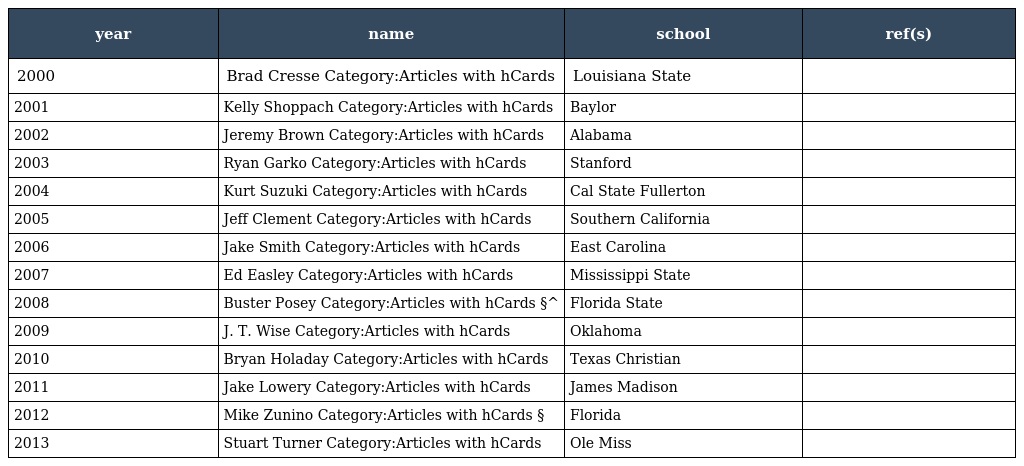
| year | name | school | ref(s) |
 | --- | --- | --- | --- |
 | 2000 | Brad Cresse Category:Articles with hCards | Louisiana State |  |
 | 2001 | Kelly Shoppach Category:Articles with hCards | Baylor |  |
 | 2002 | Jeremy Brown Category:Articles with hCards | Alabama |  |
 | 2003 | Ryan Garko Category:Articles with hCards | Stanford |  |
 | 2004 | Kurt Suzuki Category:Articles with hCards | Cal State Fullerton |  |
 | 2005 | Jeff Clement Category:Articles with hCards | Southern California |  |
 | 2006 | Jake Smith Category:Articles with hCards | East Carolina |  |
 | 2007 | Ed Easley Category:Articles with hCards | Mississippi State |  |
 | 2008 | Buster Posey Category:Articles with hCards §^ | Florida State |  |
 | 2009 | J. T. Wise Category:Articles with hCards | Oklahoma |  |
 | 2010 | Bryan Holaday Category:Articles with hCards | Texas Christian |  |
 | 2011 | Jake Lowery Category:Articles with hCards | James Madison |  |
 | 2012 | Mike Zunino Category:Articles with hCards § | Florida |  |
 | 2013 | Stuart Turner Category:Articles with hCards | Ole Miss |  |